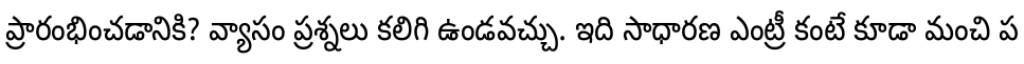
ప్రారంభించడానికి? వ్యాసం ప్రశ్నలు కలిగి ఉండవచ్చు. ఇది సాధారణ ఎంట్రీ కంటే కూడా మంచి ప